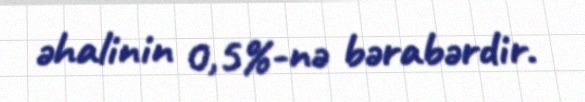
əhalinin 0,5%-nə bərabərdir.